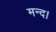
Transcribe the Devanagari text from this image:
मन्द।